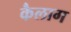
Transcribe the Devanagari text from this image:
कैलाग